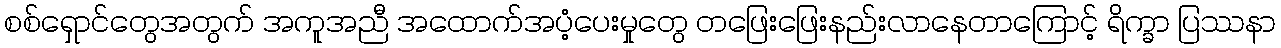
စစ်ရှောင်တွေအတွက် အကူအညီ အထောက်အပံ့ပေးမှုတွေ တဖြေးဖြေးနည်းလာနေတာကြောင့် ရိက္ခာ ပြဿနာ